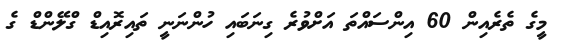
މީގެ ތެރެއިން 60 އިންސައްތަ އަށްވުރެ ގިނަބައި ހުންނަނީ ތައިރޮއިޑް ގްލޭންޑް ގެ